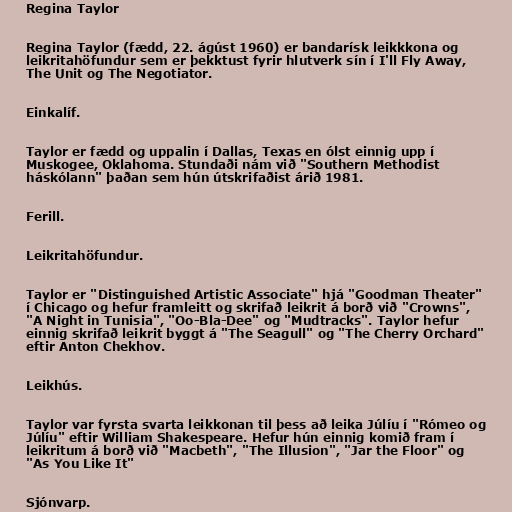
Regina Taylor

Regina Taylor (fædd, 22. ágúst 1960) er bandarísk leikkkona og
leikritahöfundur sem er þekktust fyrir hlutverk sín í I'll Fly Away,
The Unit og The Negotiator.

Einkalíf.

Taylor er fædd og uppalin í Dallas, Texas en ólst einnig upp í
Muskogee, Oklahoma. Stundaði nám við "Southern Methodist
háskólann" þaðan sem hún útskrifaðist árið 1981.

Ferill.

Leikritahöfundur.

Taylor er "Distinguished Artistic Associate" hjá "Goodman Theater"
í Chicago og hefur framleitt og skrifað leikrit á borð við "Crowns",
"A Night in Tunisia", "Oo-Bla-Dee" og "Mudtracks". Taylor hefur
einnig skrifað leikrit byggt á "The Seagull" og "The Cherry Orchard"
eftir Anton Chekhov.

Leikhús.

Taylor var fyrsta svarta leikkonan til þess að leika Júlíu í "Rómeo og
Júlíu" eftir William Shakespeare. Hefur hún einnig komið fram í
leikritum á borð við "Macbeth", "The Illusion", "Jar the Floor" og
"As You Like It"

Sjónvarp.